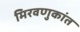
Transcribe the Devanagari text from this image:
मिरवणुकांत